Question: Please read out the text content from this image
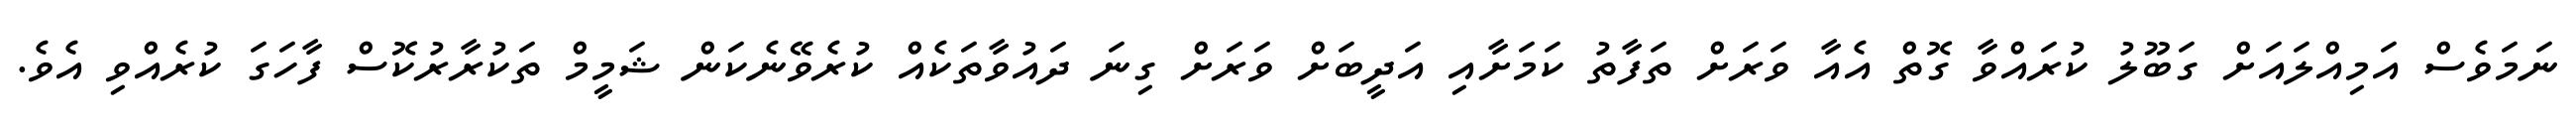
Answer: ނަމަވެސް އަމިއްލައަށް ގަބޫލު ކުރައްވާ ގޮތް އެއާ ވަރަށް ތަފާތު ކަމަށާއި އަދީބަށް ވަރަށް ގިނަ ދައުވާތަކެއް ކުރެވޭނެކަން ޝަމީމް ތަކުރާރުކޮސް ފާހަގަ ކުރެއްވި އެވެ.